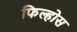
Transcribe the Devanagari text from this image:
फिल्होस